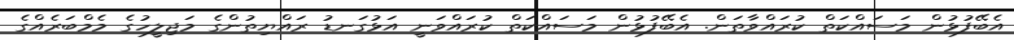
އެބޭފުޅުން މަސައްކަތް ކުރައްވާތަން. އެބޭފުޅުން މަސައްކަތް ކުރައްވަނީ އަޅުގަނޑު ރައްޔިތުންގެ މަޖިލީހުގެ މެމްބަރެއްގެ